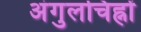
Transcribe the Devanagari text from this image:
अंगुलचिह्नों